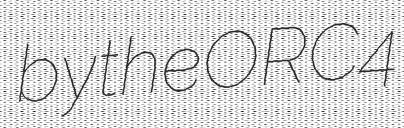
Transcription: by the ORC4